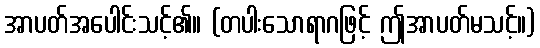
အာပတ်အပေါင်းသင့်၏။ (တပါးသောရာဂဖြင့် ဤအာပတ်မသင့်။)